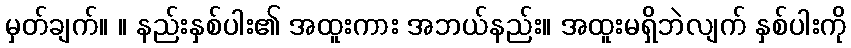
မှတ်ချက်။ ။ နည်းနှစ်ပါး၏ အထူးကား အဘယ်နည်း။ အထူးမရှိဘဲလျက် နှစ်ပါးကို